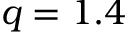
q = 1 . 4